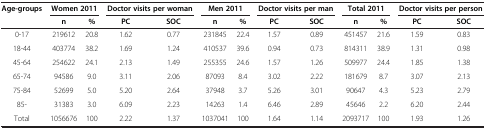
<table><thead><tr><td><b>Age-groups</b></td><td colspan="2"><b>Women 2011</b></td><td colspan="2"><b>Doctor visits per woman</b></td><td colspan="2"><b>Men 2011</b></td><td colspan="2"><b>Doctor visits per man</b></td><td colspan="2"><b>Total 2011</b></td><td colspan="2"><b>Doctor visits per person</b></td></tr><tr><td><b> </b></td><td><b>n</b></td><td><b>%</b></td><td><b>PC</b></td><td><b>SOC</b></td><td><b>n</b></td><td><b>%</b></td><td><b>PC</b></td><td><b>SOC</b></td><td><b>n</b></td><td><b>%</b></td><td><b>PC</b></td><td><b>SOC</b></td></tr></thead><tbody><tr><td>0-17</td><td>219612</td><td>20.8</td><td>1.62</td><td>0.77</td><td>231845</td><td>22.4</td><td>1.57</td><td>0.89</td><td>451457</td><td>21.6</td><td>1.59</td><td>0.83</td></tr><tr><td>18-44</td><td>403774</td><td>38.2</td><td>1.69</td><td>1.24</td><td>410537</td><td>39.6</td><td>0.94</td><td>0.73</td><td>814311</td><td>38.9</td><td>1.31</td><td>0.98</td></tr><tr><td>45-64</td><td>254622</td><td>24.1</td><td>2.13</td><td>1.49</td><td>255355</td><td>24.6</td><td>1.57</td><td>1.26</td><td>509977</td><td>24.4</td><td>1.85</td><td>1.38</td></tr><tr><td>65-74</td><td>94586</td><td>9.0</td><td>3.11</td><td>2.06</td><td>87093</td><td>8.4</td><td>3.02</td><td>2.22</td><td>181679</td><td>8.7</td><td>3.07</td><td>2.13</td></tr><tr><td>75-84</td><td>52699</td><td>5.0</td><td>5.20</td><td>2.64</td><td>37948</td><td>3.7</td><td>5.26</td><td>3.01</td><td>90647</td><td>4.3</td><td>5.23</td><td>2.79</td></tr><tr><td>85-</td><td>31383</td><td>3.0</td><td>6.09</td><td>2.23</td><td>14263</td><td>1.4</td><td>6.46</td><td>2.89</td><td>45646</td><td>2.2</td><td>6.20</td><td>2.44</td></tr><tr><td>Total</td><td>1056676</td><td>100</td><td>2.22</td><td>1.37</td><td>1037041</td><td>100</td><td>1.64</td><td>1.14</td><td>2093717</td><td>100</td><td>1.93</td><td>1.26</td></tr></tbody></table>